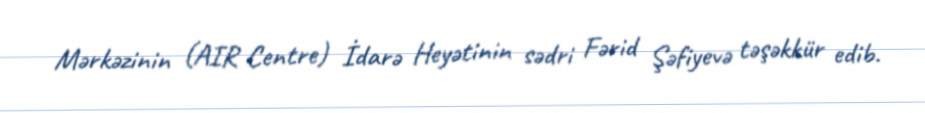
Mərkəzinin (AIR Centre) İdarə Heyətinin sədri Fərid Şəfiyevə təşəkkür edib.